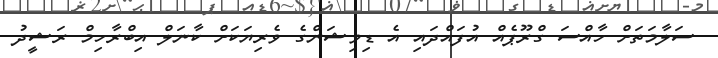
ސަލާމަތަށް ހާއްސަ ގްރޫޕެއް އުފައްދައި އެ ޑިވިޝަންގެ ވެރިޔަކަށް ކާނަލް އިބްރާހިމް ރަޝީދު